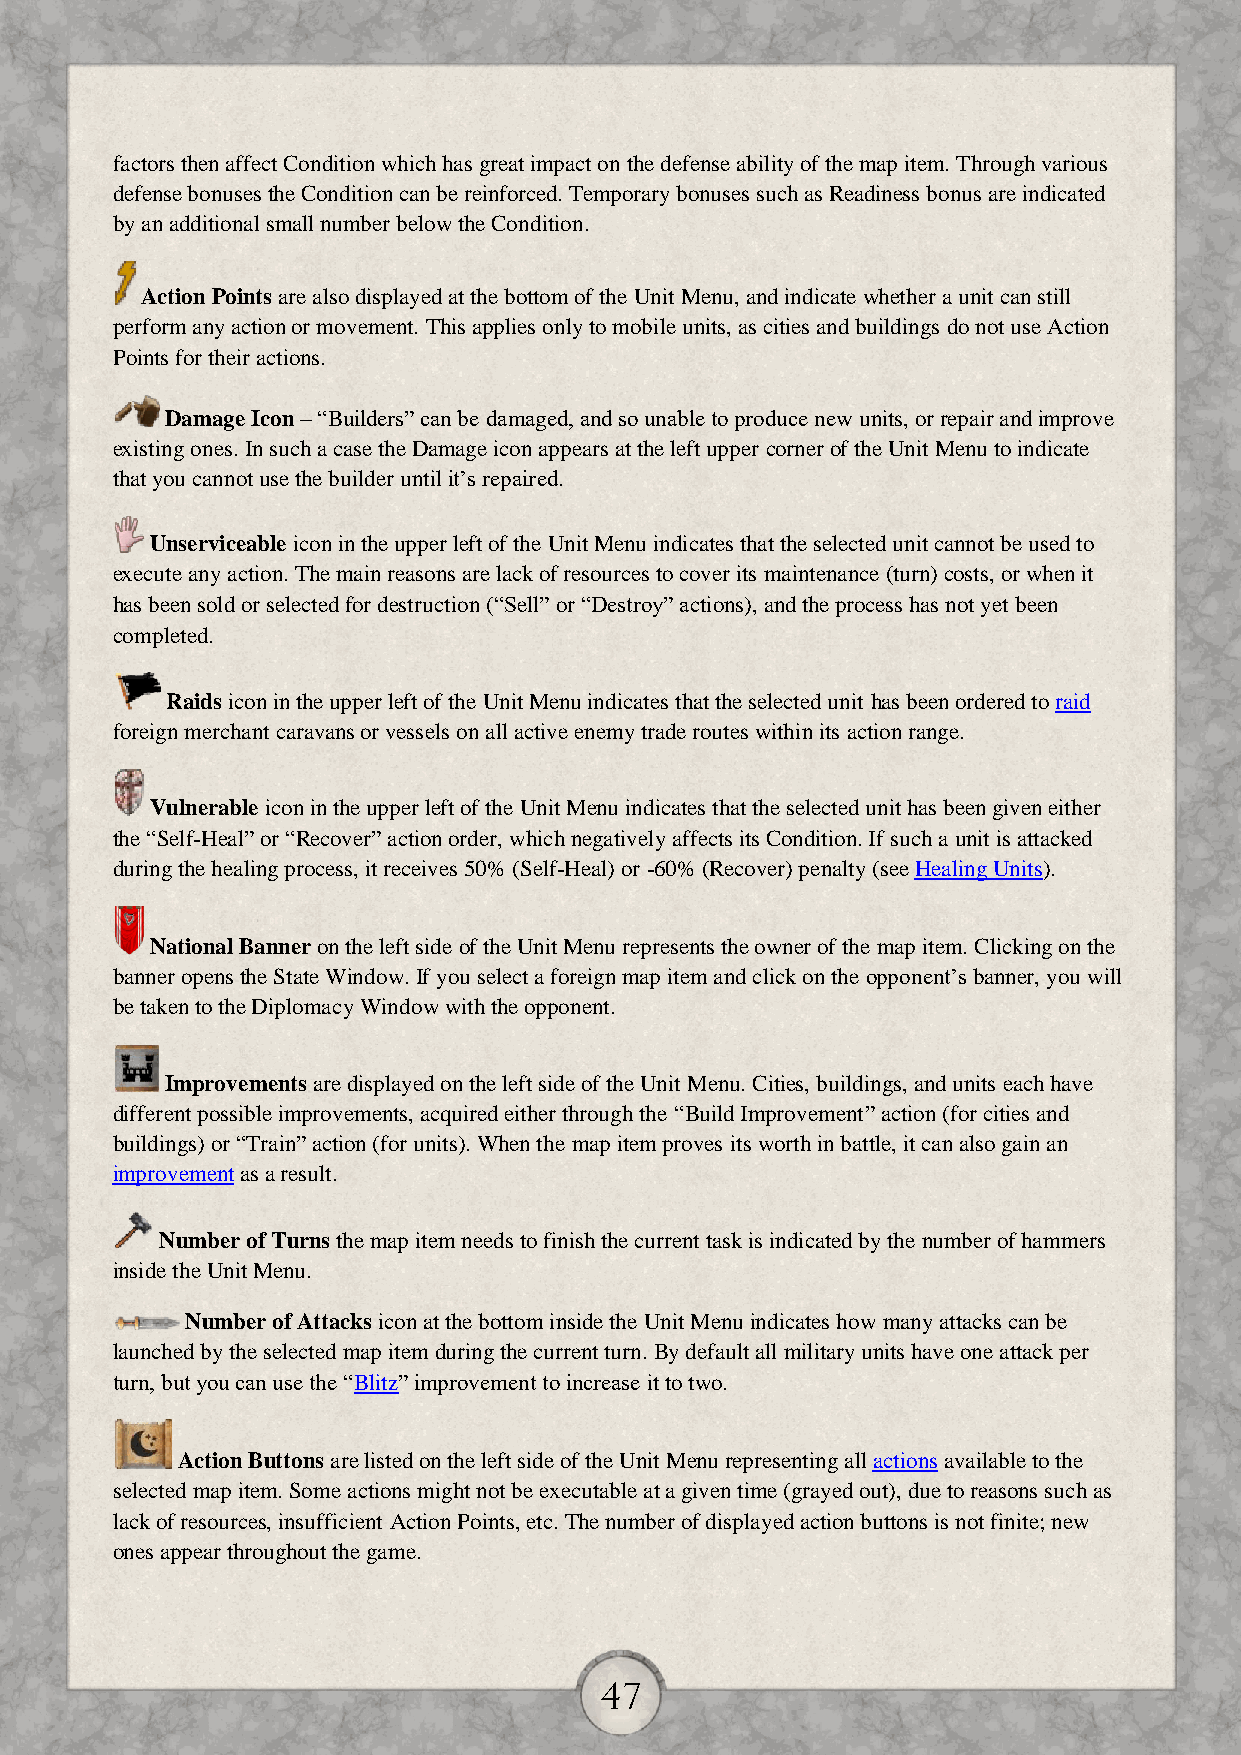
factors then affect Condition which has great impact on the defense ability of the map item. Through various
 defense bonuses the Condition can be reinforced. Temporary bonuses such as Readiness bonus are indicated
 by an additional small number below the Condition.
 Action Points are also displayed at the bottom of the Unit Menu, and indicate whether a unit can still
 perform any action or movement. This applies only to mobile units, as cities and buildings do not use Action
 Points for their actions.
 Damage Icon – “Builders” can be damaged, and so unable to produce new units, or repair and improve
 existing ones. In such a case the Damage icon appears at the left upper corner of the Unit Menu to indicate
 that you cannot use the builder until it’s repaired.
 Unserviceable icon in the upper left of the Unit Menu indicates that the selected unit cannot be used to
 execute any action. The main reasons are lack of resources to cover its maintenance (turn) costs, or when it
 has been sold or selected for destruction (“Sell” or “Destroy” actions), and the process has not yet been
 completed.
 Raids icon in the upper left of the Unit Menu indicates that the selected unit has been ordered to raid
 foreign merchant caravans or vessels on all active enemy trade routes within its action range.
 Vulnerable icon in the upper left of the Unit Menu indicates that the selected unit has been given either
 the “Self-Heal” or “Recover” action order, which negatively affects its Condition. If such a unit is attacked
 during the healing process, it receives 50% (Self-Heal) or -60% (Recover) penalty (see Healing Units).
 National Banner on the left side of the Unit Menu represents the owner of the map item. Clicking on the
 banner opens the State Window. If you select a foreign map item and click on the opponent’s banner, you will
 be taken to the Diplomacy Window with the opponent.
 Improvements are displayed on the left side of the Unit Menu. Cities, buildings, and units each have
 different possible improvements, acquired either through the “Build Improvement” action (for cities and
 buildings) or “Train” action (for units). When the map item proves its worth in battle, it can also gain an
 improvement as a result.
 Number of Turns the map item needs to finish the current task is indicated by the number of hammers
 inside the Unit Menu.
 Number of Attacks icon at the bottom inside the Unit Menu indicates how many attacks can be
 launched by the selected map item during the current turn. By default all military units have one attack per
 turn, but you can use the “Blitz” improvement to increase it to two.
 Action Buttons are listed on the left side of the Unit Menu representing all actions available to the
 selected map item. Some actions might not be executable at a given time (grayed out), due to reasons such as
 lack of resources, insufficient Action Points, etc. The number of displayed action buttons is not finite; new
 ones appear throughout the game.
 47